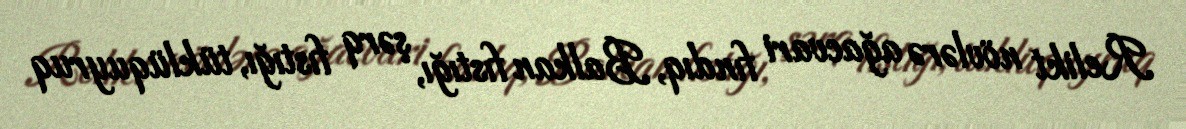
Relikt növlərə ağacvari fındıq, Balkan fıstığı, şərq fıstığı, tüklüquyruq